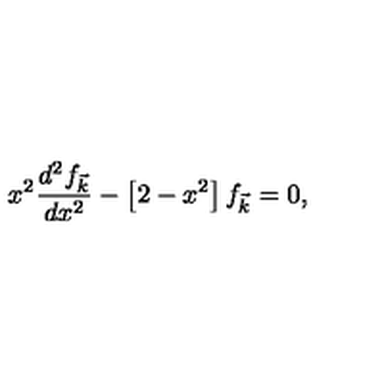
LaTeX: x ^ { 2 } \frac { d ^ { 2 } f _ { \vec { k } } } { d x ^ { 2 } } - \left[ 2 - x ^ { 2 } \right] f _ { \vec { k } } = 0 ,